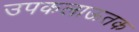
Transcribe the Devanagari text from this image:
उपकलाऊतक